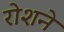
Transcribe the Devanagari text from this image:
रोशने